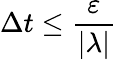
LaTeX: \Delta t\le\frac{\varepsilon}{|\lambda|}